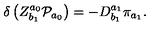
\delta \left( Z _ { b _ { 1 } } ^ { a _ { 0 } } { \cal P } _ { a _ { 0 } } \right) = - D _ { b _ { 1 } } ^ { a _ { 1 } } \pi _ { a _ { 1 } } .